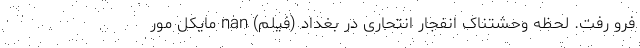
فرو رفت. لحظه وحشتناک انفجار انتحاری در بغداد (فیلم) nan مایکل مور